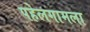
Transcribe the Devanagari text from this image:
पहेलगामला